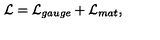
{ \cal L } = { \cal L } _ { g a u g e } + { \cal L } _ { m a t } ,